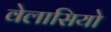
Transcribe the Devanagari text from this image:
वेलासियो